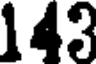
143